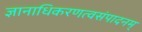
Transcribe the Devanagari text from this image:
ज्ञानाधिकरणत्वसंपादनम्